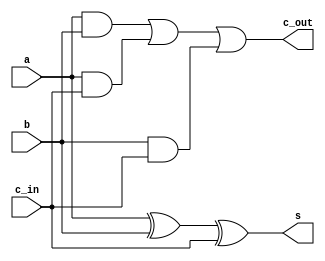
`timescale 1ns/1ps
module fa(a, b, c_in, s, c_out);

	input a, b, c_in;
	output c_out, s;

	wire w0, w1, w2, w3;

	xor x0(w0, a, b);
	xor x1(s, w0, c_in);

	and u2(w1, a, b);
	and u3(w2, a, c_in);
	and u4(w3, b, c_in);

	or u5(c_out, w1, w2, w3);
endmodule